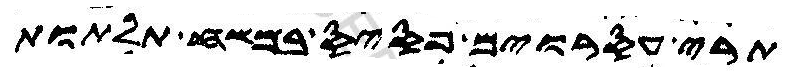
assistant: תרי עסרוורים פסיס במשח תלתות